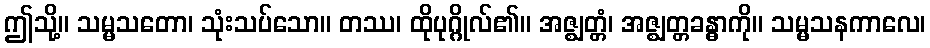
ဤသို့။ သမ္မသတော၊ သုံးသပ်သော။ တဿ၊ ထိုပုဂ္ဂိုလ်၏။ အဇ္ဈတ္တံ၊ အဇ္ဈတ္တခန္ဓာကို။ သမ္မသနကာလေ၊